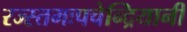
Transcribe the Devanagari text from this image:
रज्स्तमःपचेन्द्रियानी